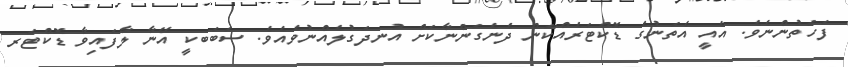
ފަހަތުންނެވެ. އެއީ އެތަނުގެ ޑޮކްޓަރެއްކަން ދެނެގަންނާކަށް އުނދަގުލެއްނުވެއެވެ. ސަބަބކީ އޭނާ ލާފައިވާ ޑޮކްޓަރ